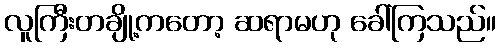
လူကြီးတချို့ကတော့ ဆရာမဟု ခေါ်ကြသည်။